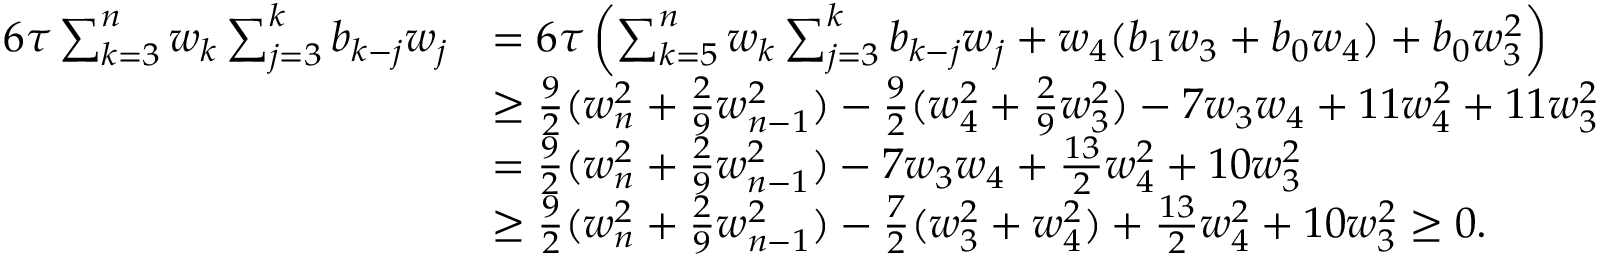
\begin{array} { r l } { 6 \tau \sum _ { k = 3 } ^ { n } w _ { k } \sum _ { j = 3 } ^ { k } b _ { k - j } w _ { j } } & { = 6 \tau \left( \sum _ { k = 5 } ^ { n } w _ { k } \sum _ { j = 3 } ^ { k } b _ { k - j } w _ { j } + w _ { 4 } ( b _ { 1 } w _ { 3 } + b _ { 0 } w _ { 4 } ) + b _ { 0 } w _ { 3 } ^ { 2 } \right) } \\ & { \ge \frac { 9 } { 2 } ( w _ { n } ^ { 2 } + \frac { 2 } { 9 } w _ { n - 1 } ^ { 2 } ) - \frac { 9 } { 2 } ( w _ { 4 } ^ { 2 } + \frac { 2 } { 9 } w _ { 3 } ^ { 2 } ) - 7 w _ { 3 } w _ { 4 } + 1 1 w _ { 4 } ^ { 2 } + 1 1 w _ { 3 } ^ { 2 } } \\ & { = \frac { 9 } { 2 } ( w _ { n } ^ { 2 } + \frac { 2 } { 9 } w _ { n - 1 } ^ { 2 } ) - 7 w _ { 3 } w _ { 4 } + \frac { 1 3 } { 2 } w _ { 4 } ^ { 2 } + 1 0 w _ { 3 } ^ { 2 } } \\ & { \ge \frac { 9 } { 2 } ( w _ { n } ^ { 2 } + \frac { 2 } { 9 } w _ { n - 1 } ^ { 2 } ) - \frac { 7 } { 2 } ( w _ { 3 } ^ { 2 } + w _ { 4 } ^ { 2 } ) + \frac { 1 3 } { 2 } w _ { 4 } ^ { 2 } + 1 0 w _ { 3 } ^ { 2 } \ge 0 . } \end{array}